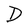
Character: D